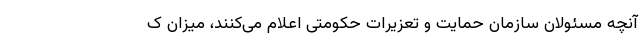
آنچه مسئولان سازمان حمایت و تعزیرات حکومتی اعلام می‌کنند، میزان ک